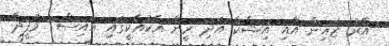
އޭރު ޒައިން އާއި އިޝްކާ އަދި ރީނާ އެކުއެކީގައި އައިސް  މުފީދާ